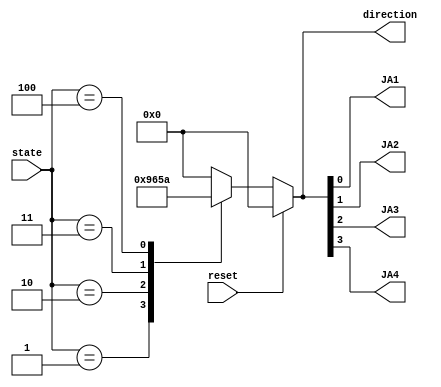
`timescale 1ns / 1ps
//////////////////////////////////////////////////////////////////////////////////
// Company: 
// Engineer: 
// 
// Design Name: 
// Module Name: Nano_project_MotorDriver
// Project Name: 
// Target Devices: 
// Tool Versions: 
// Description: 
// 
// Dependencies: 
// 
// Revision:
// Revision 0.01 - File Created
// Additional Comments:
// 
//////////////////////////////////////////////////////////////////////////////////


module Nano_project_MotorDriver(

      input reset,
	input [5:0] state,
	output reg [3:0] direction,
    output JA1, JA2, JA3, JA4
    );
		//-------------STATE DECODING----------------------------------		
        localparam stop = 'd0;
		localparam forward = 'd1;
		localparam backward = 'd2;
		localparam right = 'd3;
		localparam left = 'd4;
	//------------------STATE ENCODING----------------------------------	
		localparam stop_control = 4'b0000;
		localparam forward_control = 4'b1001; 
		localparam backward_control = 4'b0110;
		localparam right_control = 4'b0101;
		localparam left_control = 4'b1010;
		
//-------------PARAMETER INITIALIZATION------------------------
        initial begin
			direction = 0;
			
        end
//----------CHANGE DETECTION BASED CONTROL-----------------------------------
        always @ (*) begin
            if(reset) begin
                direction = 0;
                
                end
            else
			case(state)
				stop : begin
					direction = 0;
					
				end
				forward : begin
					direction = forward_control;

				end
				
				backward : begin
					direction = backward_control;
					
				end
				
				right : begin
					direction = right_control;
					
				end
				
				left : begin
					direction = left_control;
					
				end
				
				default : begin
					direction = 0;
					
				end
			endcase
        end

//---------FINAL OUTPUT ASSIGNMENTS-----------------------------------------

	//set control bits to value of control switches
	assign JA1 = direction[0];
	assign JA2 = direction[1];
	assign JA3 = direction[2];
	assign JA4 = direction[3];
	
endmodule